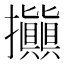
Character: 𢺗